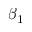
\beta _ { 1 }